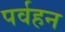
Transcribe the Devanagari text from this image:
पर्वहन